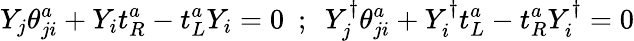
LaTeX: Y_{j}\theta_{ji}^{a}+Y_{i}t_{R}^{a}-t_{L}^{a}Y_{i}=0~~;~~Y_{j}^{\dagger}\theta_{ji}^{a}+Y_{i}^{\dagger}t_{L}^{a}-t_{R}^{a}Y_{i}^{\dagger}=0